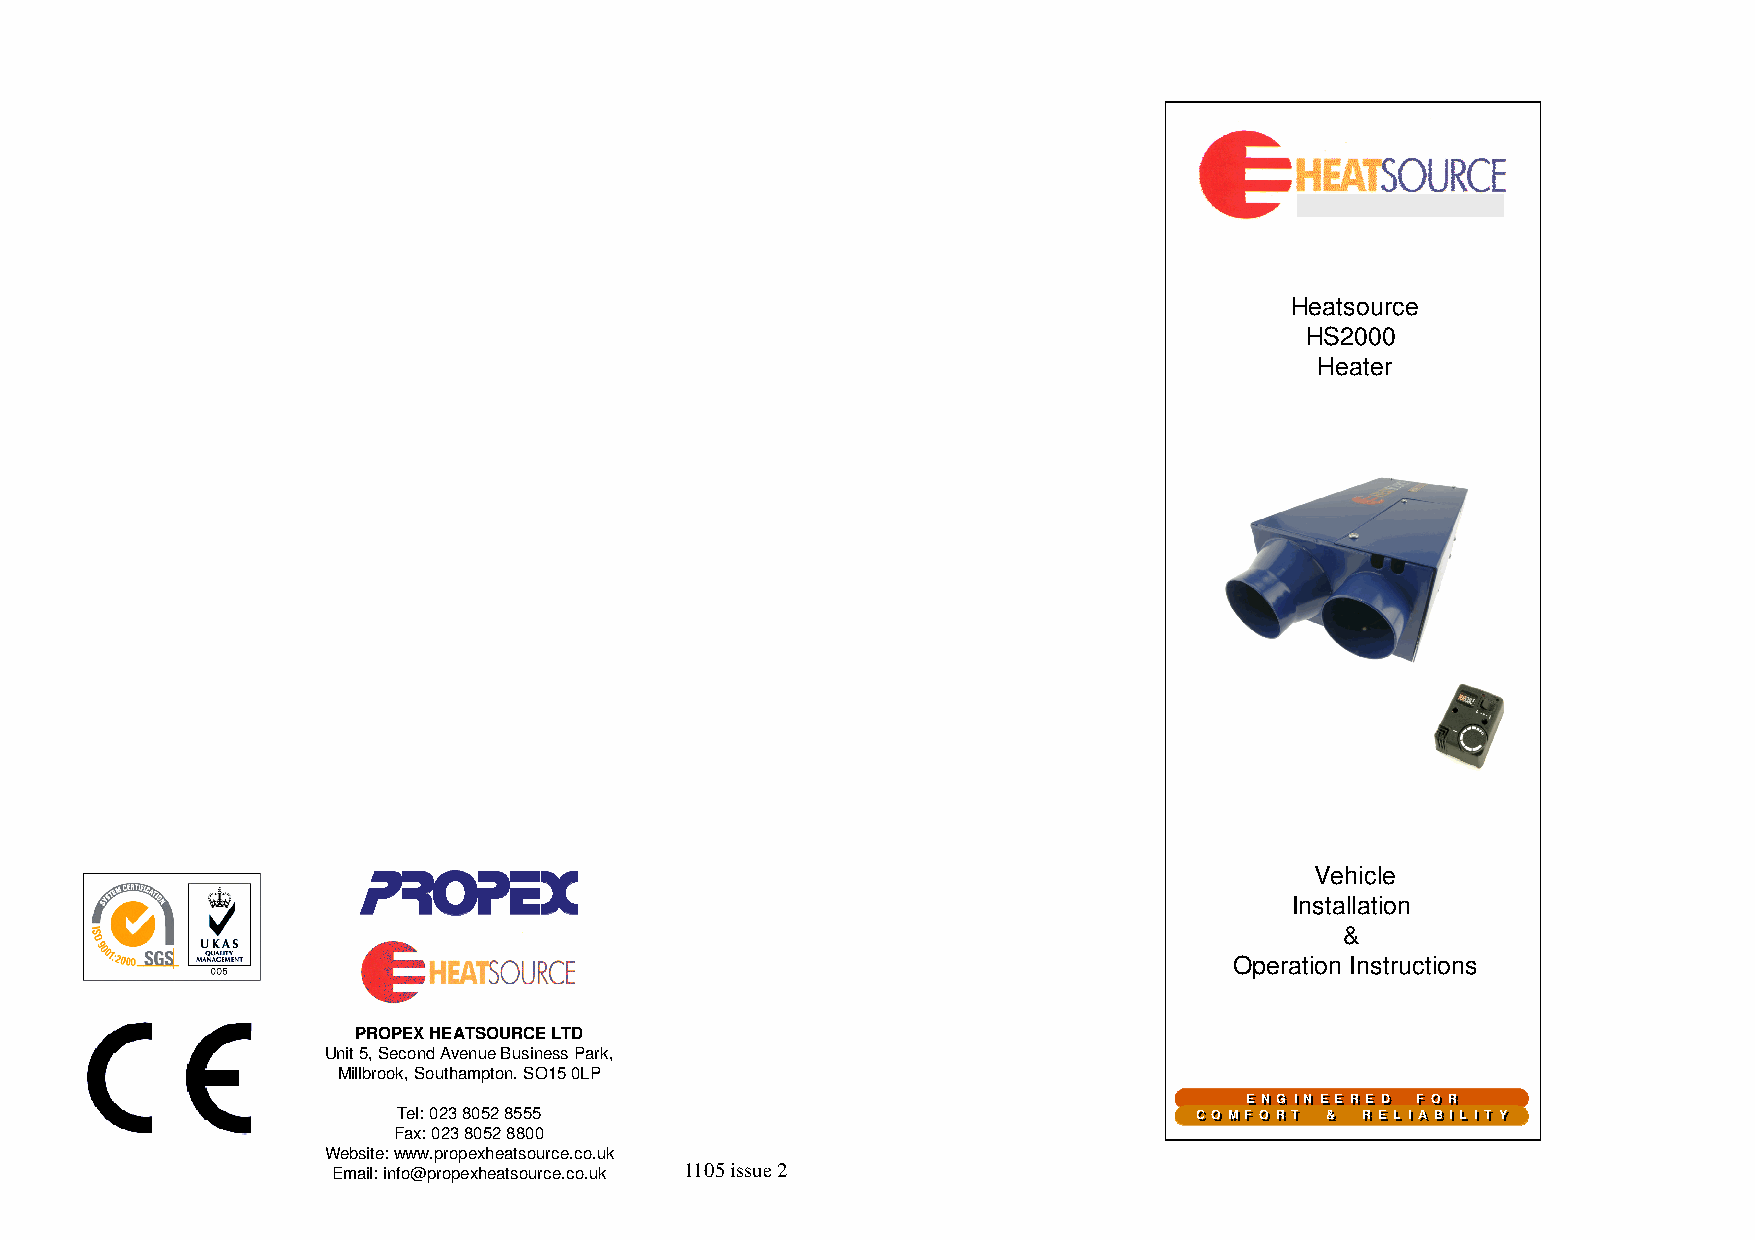
Heatsource
 HS2000
 Heater
 Vehicle
 Installation
 &
 Operation Instructions
 PROPEX HEATSOURCE LTD
 Unit 5, Second Avenue Business Park,
 Millbrook, Southampton. SO15 0LP
 EE NN GG II NN EE EE RR EE DD FF OO RR
 Tel: 023 8052 8555                                   CC OO MM FF OO RR TT && RR EE LL II AA BB II LL II TTYY
 Fax: 023 8052 8800
 Website: www.propexheatsource.co.uk
 1105 issue 2
 Email: info@propexheatsource.co.uk